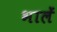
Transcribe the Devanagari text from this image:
भालें